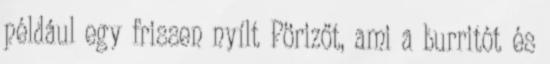
például egy frissen nyílt Pörizőt, ami a burritót és